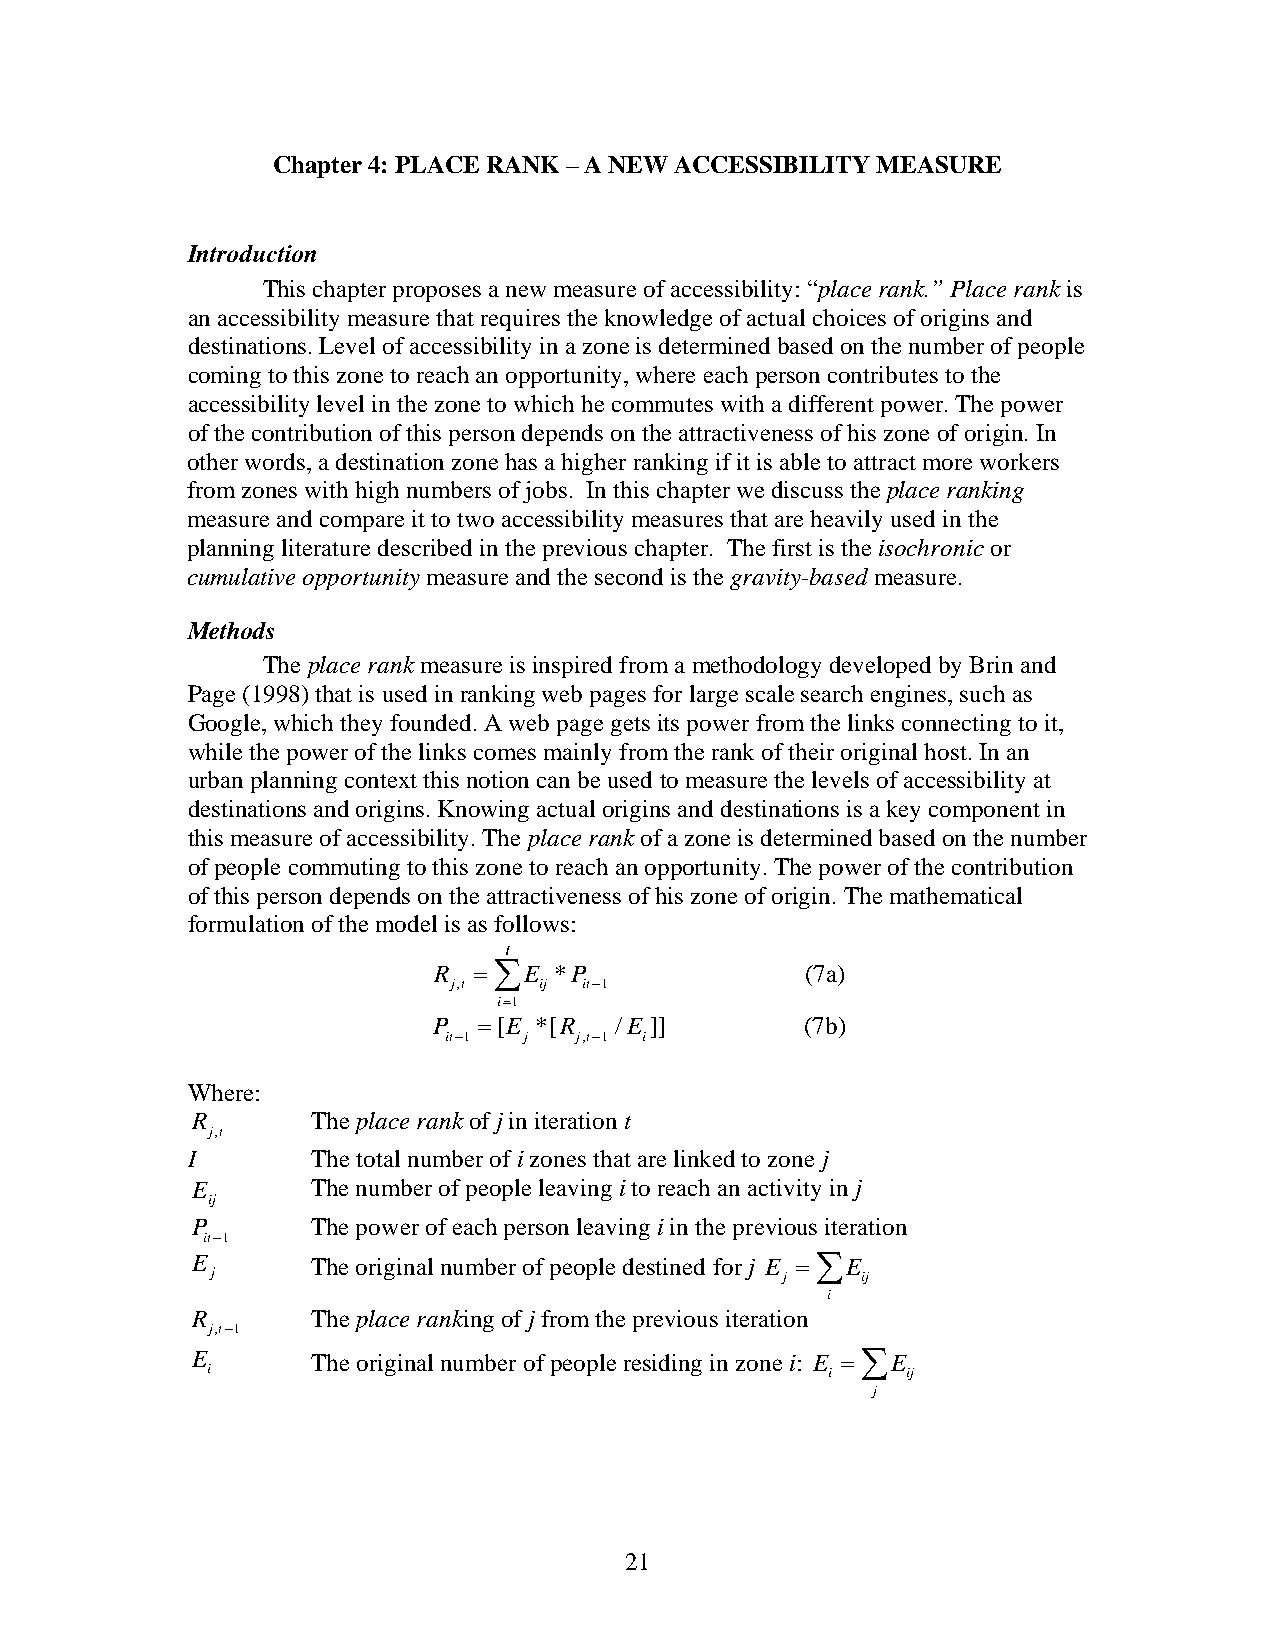
Chapter 4: PLACE RANK – A NEW ACCESSIBILITY MEASURE
 Introduction
 This chapter proposes a new measure of accessibility: “place rank.” Place rank is
 an accessibility measure that requires the knowledge of actual choices of origins and
 destinations. Level of accessibility in a zone is determined based on the number of people
 coming to this zone to reach an opportunity, where each person contributes to the
 accessibility level in the zone to which he commutes with a different power. The power
 of the contribution of this person depends on the attractiveness of his zone of origin. In
 other words, a destination zone has a higher ranking if it is able to attract more workers
 from zones with high numbers of jobs. In this chapter we discuss the place ranking
 measure and compare it to two accessibility measures that are heavily used in the
 planning literature described in the previous chapter. The first is the isochronic or
 cumulative opportunity measure and the second is the gravity-based measure.
 Methods
 The place rank measure is inspired from a methodology developed by Brin and
 Page (1998) that is used in ranking web pages for large scale search engines, such as
 Google, which they founded. A web page gets its power from the links connecting to it,
 while the power of the links comes mainly from the rank of their original host. In an
 urban planning context this notion can be used to measure the levels of accessibility at
 destinations and origins. Knowing actual origins and destinations is a key component in
 this measure of accessibility. The place rank of a zone is determined based on the number
 of people commuting to this zone to reach an opportunity. The power of the contribution
 of this person depends on the attractiveness of his zone of origin. The mathematical
 formulation of the model is as follows:
 I
 R = ∑E  *P              (7a)
 j,t   ij it−1
 i=1
 P  =[E *[R  /E ]]       (7b)
 it−1  j  j,t−1 i
 Where:
 R       The place rank of j in iteration t
 j,t
 I        The total number of i zones that are linked to zone j
 E       The number of people leaving i to reach an activity in j
 ij
 P       The power of each person leaving i in the previous iteration
 it−1
 E       The original number of people destined for j E = ∑E
 j                                     j    ij
 i
 R       The place ranking of j from the previous iteration
 j,t−1
 E       The original number of people residing in zone i: E = ∑E
 i                                        i    ij
 j
 21